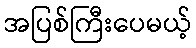
အပြစ်ကြီးပေမယ့်